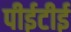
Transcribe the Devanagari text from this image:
पीईटीई